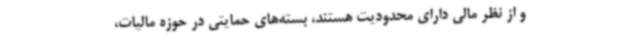
و از نظر مالی دارای محدودیت هستند، بسته‌های حمایتی در حوزه مالیات،